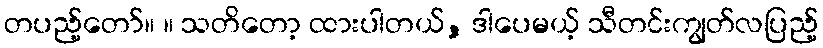
တပည့်တော်။ ။ သတိတော့ ထားပါတယ်, ဒါပေမယ့် သီတင်းကျွတ်လပြည့်